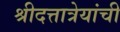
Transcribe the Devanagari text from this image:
श्रीदत्तात्रेयांची